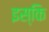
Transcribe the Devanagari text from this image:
इस्कि